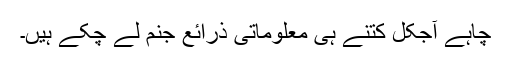
چاہے آجکل کتنے ہی معلوماتی ذرائع جنم لے چُکے ہیں۔